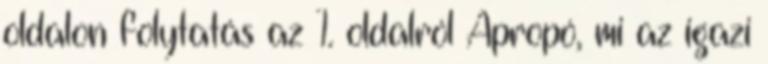
oldalon folytatás az 1. oldalról Apropó, mi az igazi